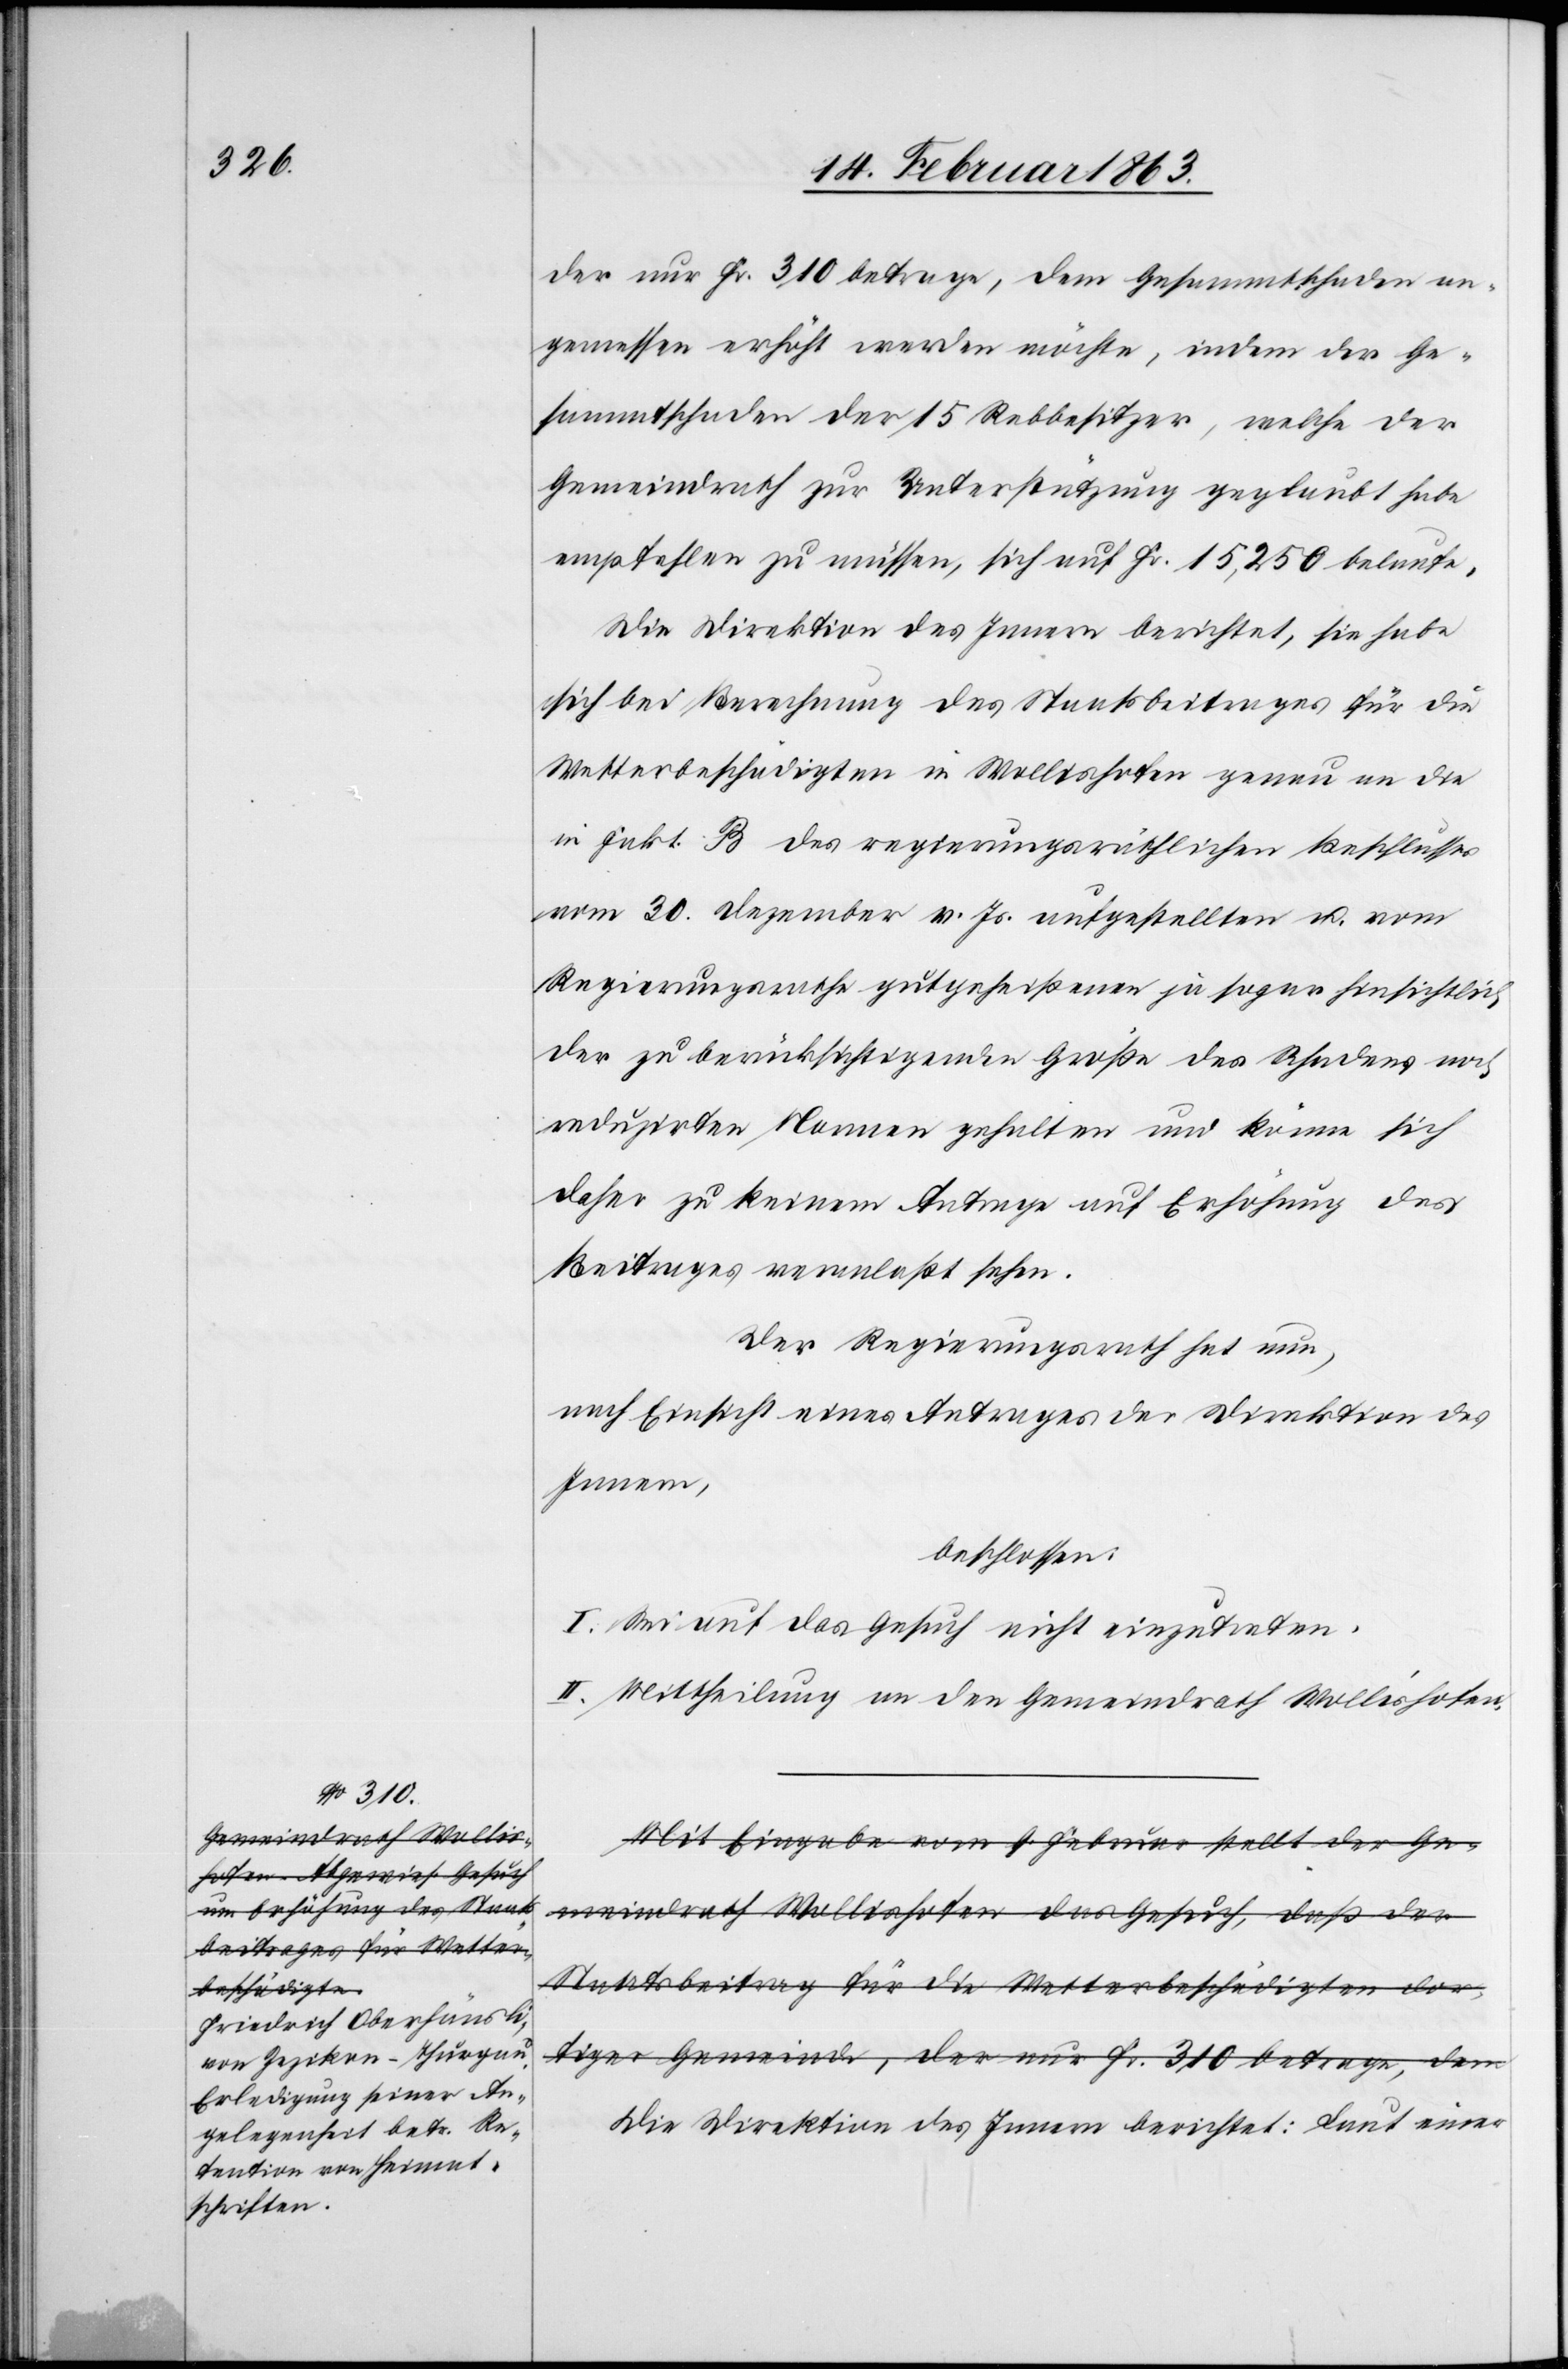
der nur Fr. 310 betrage, dem Gesammtschaden an¬
gemessen erhöht werden möchte, indem der Ge¬
sammtschaden der 15 Rebbesitzer, welche der
Gemeindrath zur Unterstützung geglaubt habe
empfehlen zu müssen, sich auf Fr. 15,250 belaufe.
Die Direktion des Innern berichtet, sie habe
sich bei Berechnung des Staatsbeitrages für die
Wetterbeschädigten in Wollishofen genau an die
in Fakt. B des regierungsräthlichen Beschlusses
vom 30. Dezember v. Js. aufgestellten u. vom
Regierungsrathe gutgeheißenen ja sogar hinsichtlich
der zu berücksichtigenden Größe des Schadens noch
reduzirten Namen gehalten und könne sich
daher zu keinem Antrage auf Erhöhung des
Beitrages veranlaßt sehen.
Der Regierungsrath hat nun,
nach Einsicht eines Antrages der Direktion des
Innern,
beschlossen:
I. Sei auf das Gesuch nicht einzutreten.
II. Mittheilung an den Gemeindrath Wollishofen.
Die Direktion des Innern berichtet: Laut einer